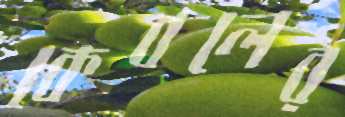
কেবলের